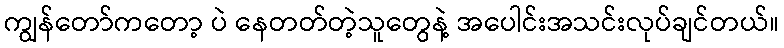
ကျွန်တော်ကတော့ ပဲ နေတတ်တဲ့သူတွေနဲ့ အပေါင်းအသင်းလုပ်ချင်တယ်။